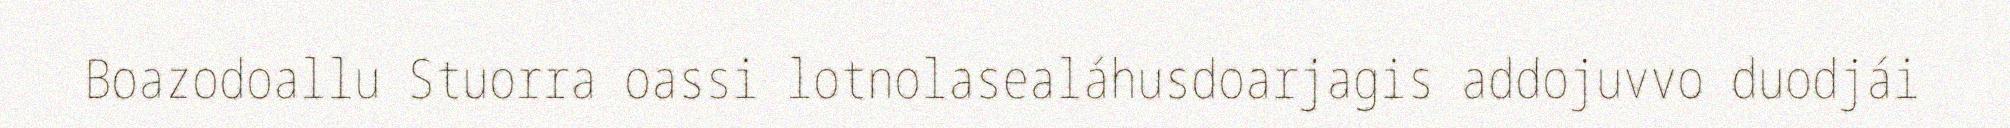
Boazodoallu Stuorra oassi lotnolasealáhusdoarjagis addojuvvo duodjái